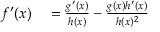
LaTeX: \begin{array} { r l } { f ^ { \prime } ( x ) } & { { } = { \frac { g ^ { \prime } ( x ) } { h ( x ) } } - { \frac { g ( x ) h ^ { \prime } ( x ) } { h ( x ) ^ { 2 } } } } \end{array}